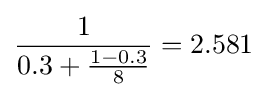
{\frac {1}{0.3+{\frac {1-0.3}{8}}}}=2.581